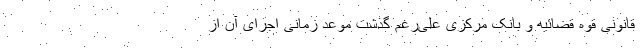
قانونی قوه قضائیه و بانک مرکزی علی‌رغم گذشت موعد زمانی اجرای آن از